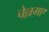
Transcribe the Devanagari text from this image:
चेल्लमए